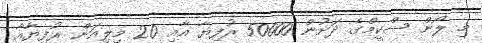
މި ލޯން ސްކީމްގެ ދަށުން 50000 ރުފިޔާ އާއި 20 މިލިއަން ރުފިޔާއާ